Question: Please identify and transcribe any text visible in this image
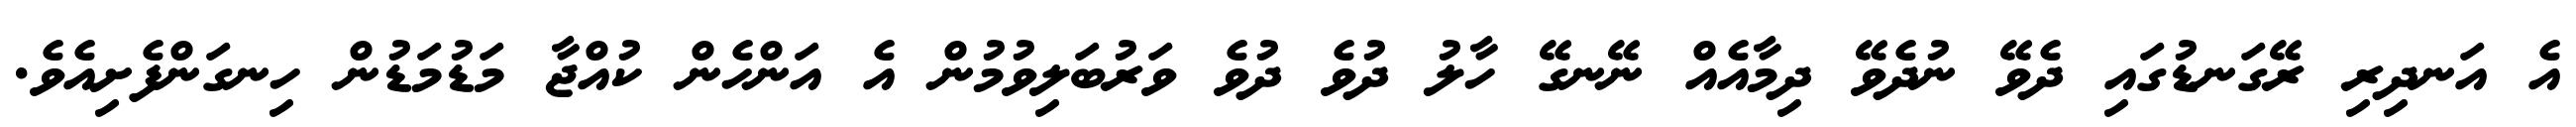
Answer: އެ އަނދިރި ރޭގަނޑުގައި ދެވޭ ނުދެވޭ ދިމާއެއް ނޭނގޭ ހާލު ދުވެ ދުވެ ވަރުބަލިވުމުން އެ އަންހެން ކުއްޖާ މަޑުމަޑުން ހިނގަންފެށިއެވެ.